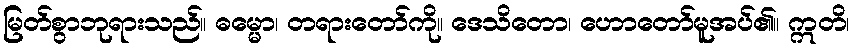
မြတ်စွာဘုရားသည်။ ဓမ္မော၊ တရားတော်ကို။ ဒေသိတော၊ ဟောတော်မူအပ်၏။ ဣတိ၊